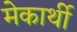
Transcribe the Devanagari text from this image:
मेकार्थी